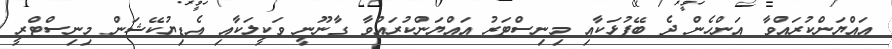
އައްޔަންކުރައްވާ އަންހެން ދެ ބޭފުޅަކާއި މިނިސްޓަރު އައްޔަންކުރައްވާ ގާނޫނީ ވަކީލަކާއި އެޑިޔުކޭޝަން މިނިސްޓްރީ